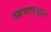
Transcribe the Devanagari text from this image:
व्यपारकर